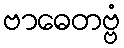
ဗာဓေတဗ္ဗံ